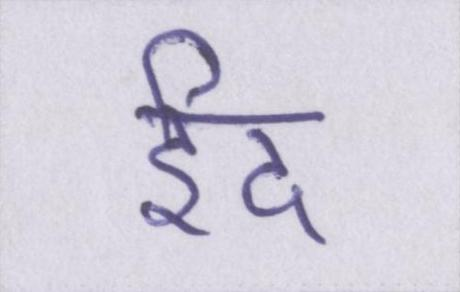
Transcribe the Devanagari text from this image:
ईद